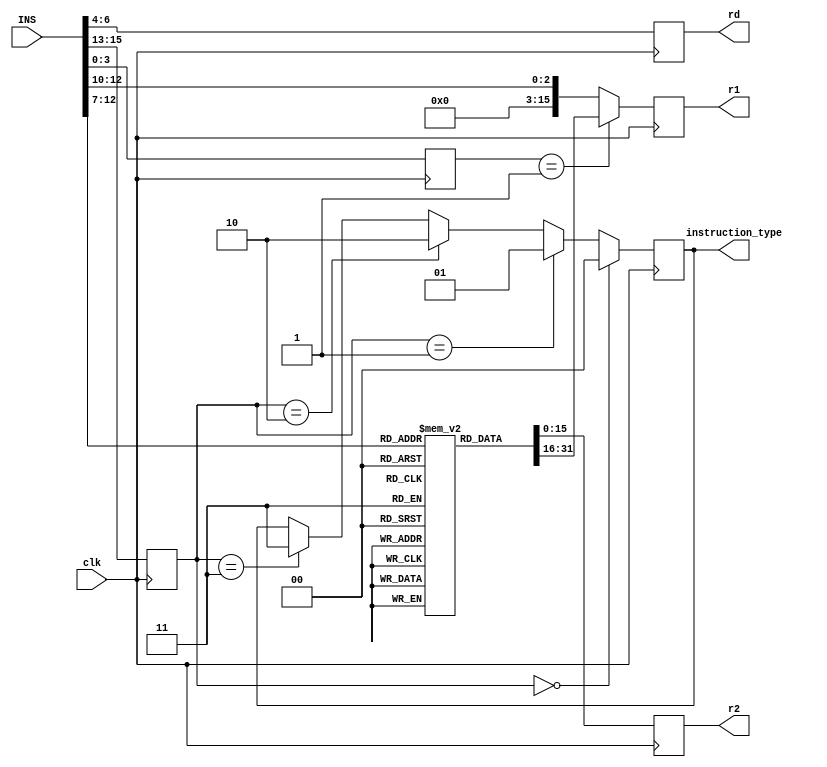
`timescale 1ns / 1ps
module decode_unit(clk,INS,instruction_type,r1,r2,rd);
input clk;
input [15:0] INS;
output reg [1:0] instruction_type;
output reg [15:0]	r1,r2;
output reg [2:0] rd;
reg [2:0] func3;
reg [3:0] opcode; 

reg [15:0] reg_bank [7:0];

initial begin
	reg_bank[3'b000] = 15'd1;
	reg_bank[3'b001] = 15'd2;
	reg_bank[3'b010] = 15'd3;
	reg_bank[3'b011] = 15'd4;
	reg_bank[3'b100] = 15'd5;
	reg_bank[3'b101] = 15'd6;
	reg_bank[3'b110] = 15'd7;
	reg_bank[3'b111] = 15'd8;
end


always@(posedge clk)
begin
	opcode <= INS[3:0];
	if (opcode == 4'b0001)
		r1 <= reg_bank[INS[12:10]];
	else
		r1 <= {12'b0,INS[12:10]};
	r2 <= reg_bank[INS[9:7]];
	rd <= INS[6:4];
	func3 <= INS[15:13];
	
	if (func3 == 3'b0)
		instruction_type <= 2'b0;
	else if(func3 == 3'b001)
		instruction_type <= 2'b01;
	else if(func3 == 3'b010) 
		instruction_type <= 2'b10;
	else if(func3 == 3'b011) 
		instruction_type <= 2'b11;
end
endmodule